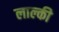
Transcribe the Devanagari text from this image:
लाल्की